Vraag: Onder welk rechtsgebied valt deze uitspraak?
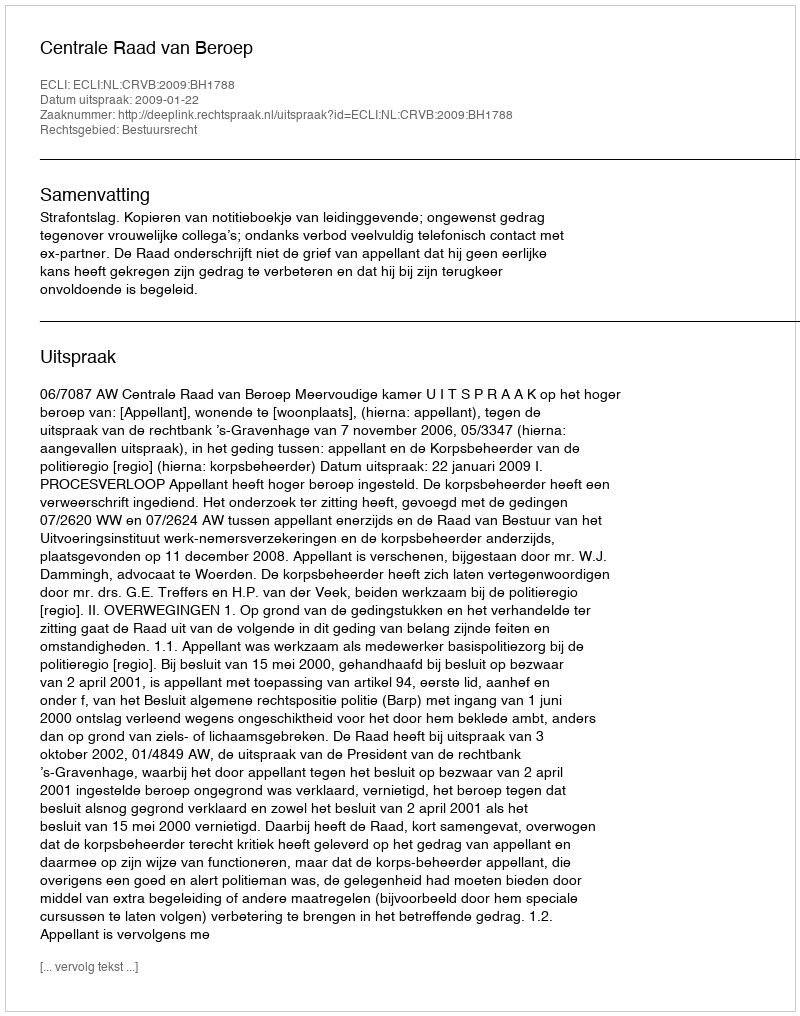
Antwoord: Bestuursrecht